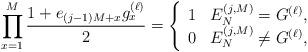
LaTeX: \begin{align*} \prod_{x=1}^M\frac{1+e_{(j-1)M+x}g_x^{(\ell)}}{2}=\left\{ \begin{array}{cl} 1 & E_{N}^{(j,M)}=G^{(\ell)},\\ 0 & E_{N}^{(j,M)} \neq G^{(\ell)}, \end{array} \right.\end{align*}